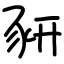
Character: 豜